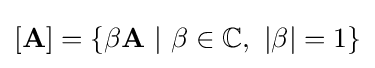
\left[\mathbf {A} \right]=\left\{\beta \mathbf {A} \ |\ \beta \in \mathbb {C} ,\ \left\vert \beta \right\vert =1\right\}